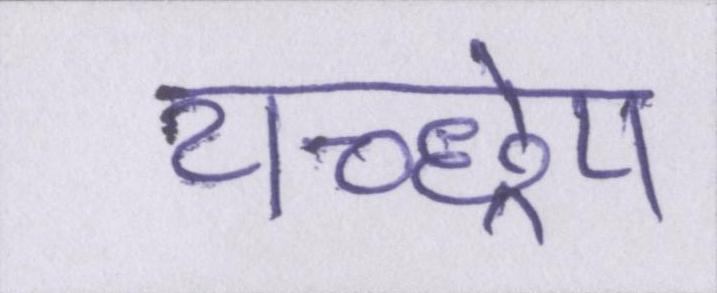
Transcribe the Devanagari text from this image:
यच्छ्रेय